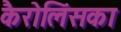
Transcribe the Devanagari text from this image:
कैरोलिंसका